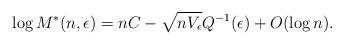
LaTeX: \begin{align*} \log M^*(n, \epsilon) = nC - \sqrt{n V_{\epsilon}} Q^{-1}(\epsilon) + O(\log n). \end{align*}